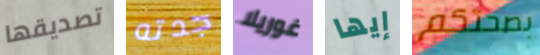
تصديقها جدته غوريلا إيها بصحتكم